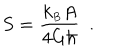
LaTeX: S = { \frac { k _ { \scriptscriptstyle B } A } { 4 G \hbar } } \ \ .